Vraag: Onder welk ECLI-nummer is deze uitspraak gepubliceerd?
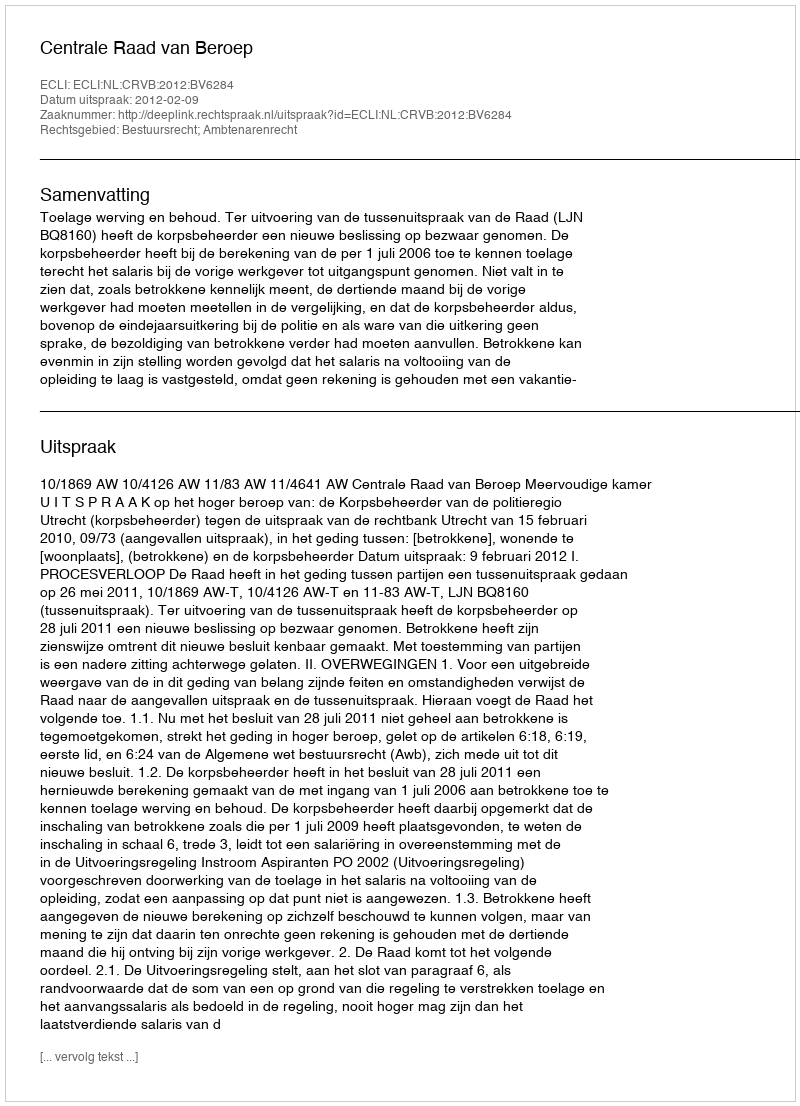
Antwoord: ECLI:NL:CRVB:2012:BV6284